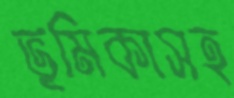
ভূমিকাসহ